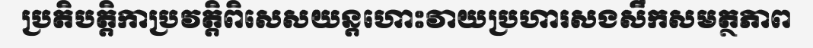
ប្រតិបត្តិកាប្រវត្តិពិសេសយន្តហោះវាយប្រហារសងសឹកសមត្ថភាព